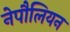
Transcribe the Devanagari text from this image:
नेपौलियन